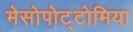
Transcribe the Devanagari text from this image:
मेसोपोट्टोमिया